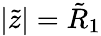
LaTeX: |\tilde{z}|=\tilde{R}_{1}